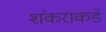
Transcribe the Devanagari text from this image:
शंकराकडे